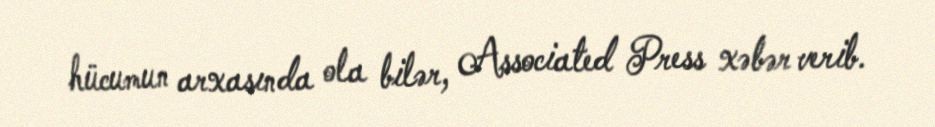
hücumun arxasında ola bilər, Associated Press xəbər verib.